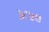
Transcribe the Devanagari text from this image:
३८५७